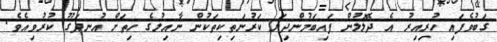
ގަބުވެފައި ހުރިއިރު އެ ދެލޮލުން ފައިބަމުންދިޔަ ކަރުނަތިކިތަކުން ނާއިލުގެ ހިތަށް އުނދަގޫ ކުރުވިއެވެ.